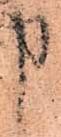
申